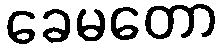
ခေမတော